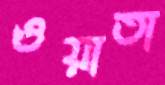
ওয়াতা